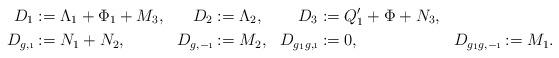
LaTeX: \begin{align*}D_1&:=\Lambda_1+\Phi_1+M_3,& D_2&:=\Lambda_2, & D_3&:=Q_1'+\Phi+N_3, &\\D_{g,\i}&:=N_1+N_2, & D_{g,-\i}&:=M_2, & D_{g_1g, \i}&:=0, &D_{g_1g, -\i}:=M_1. \end{align*}